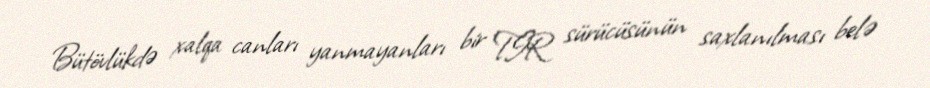
Bütövlükdə xalqa canları yanmayanları bir TIR sürücüsünün saxlanılması belə